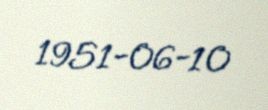
1951-06-10